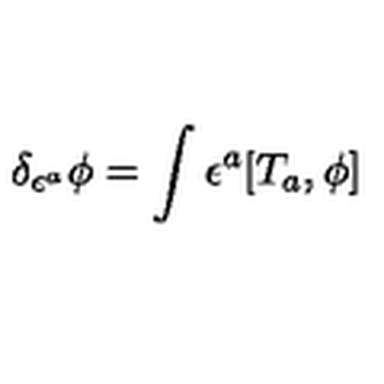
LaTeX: \delta _ { \epsilon ^ { a } } \phi = \int \epsilon ^ { a } [ T _ { a } , \phi ]